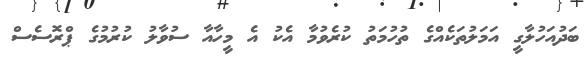
ބަދުއަހުލާގީ އަމަލުތަކެއްގެ ތުހުމަތު ކުރެވުމާ އެކު އެ މީހާއާ ސުވާލު ކުރުމުގެ ޕްރޮސެސް